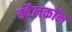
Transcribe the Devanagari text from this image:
क्वैलकॉम